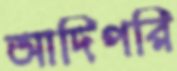
আদিপরি